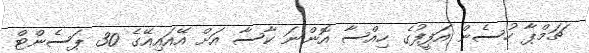
ޗަމްޕާ ހުސެން އަފީފުގެ ހިއްސާ އޮންނަ ކާސާ އަށް އޭއައިއޭގެ 30 ޕަސެންޓް